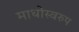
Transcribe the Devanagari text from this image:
माधोस्वरुप